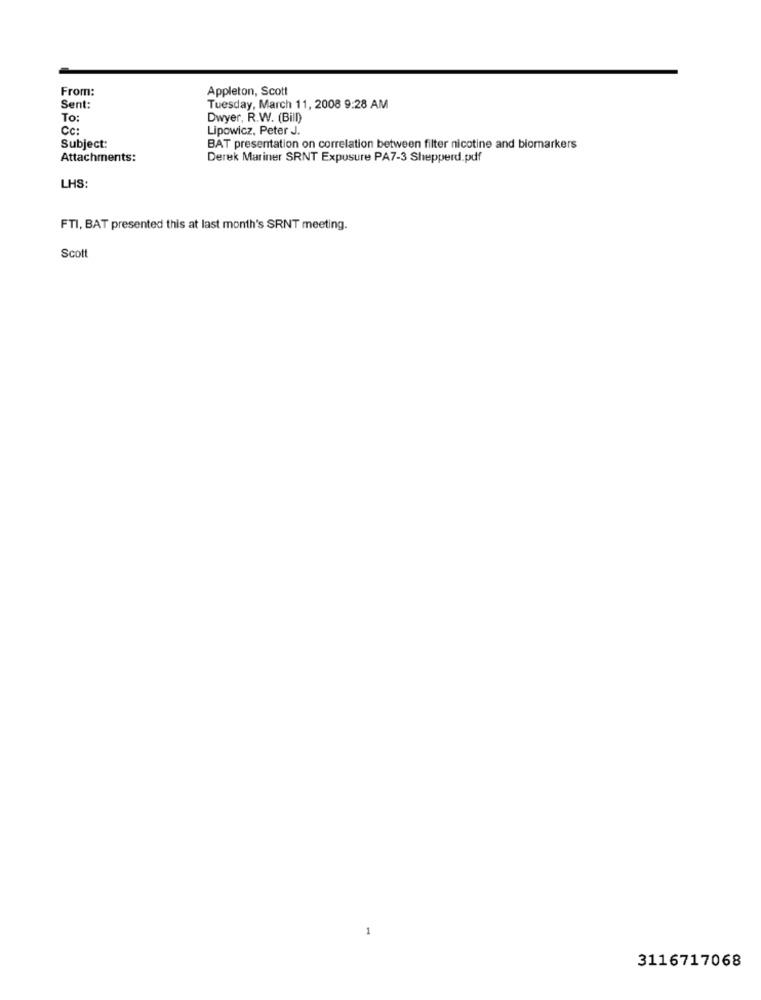
From:
Appleton, Scott
Sent:
Tuesday, March 11, 2008 9:28 AM
To:
Dwyer, R.W. (Bill)
Cc:
Lipowicz, Peter J.
Subject:
BAT presentation on correlation between filter nicotine and biomarkers
Attachments:
Derek Mariner SRNT Expusure PA7-3 Shepperd.pdf
LHS:
FTI, BAT presented this at last month's SRNT meeting.
Scott
3116717068